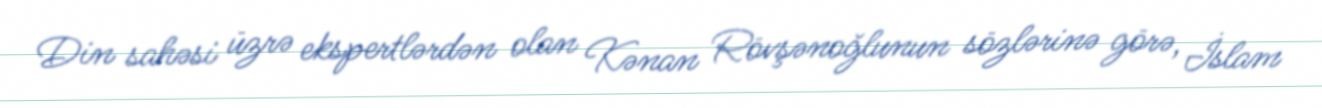
Din sahəsi üzrə ekspertlərdən olan Kənan Rövşənoğlunun sözlərinə görə, İslam